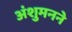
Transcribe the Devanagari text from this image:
अंशुमनने